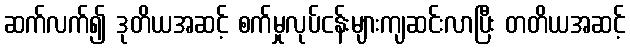
ဆက်လက်၍ ဒုတိယအဆင့် စက်မှုလုပ်ငန်းများကျဆင်းလာပြီး တတိယအဆင့်